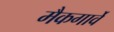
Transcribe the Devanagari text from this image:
मैकगार्वे